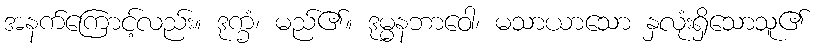
အနက်ကြောင့်လည်း။ ဒုက္ခံ၊ မည်၏။ ဒုမ္မနဘာဝေါ၊ မသာယာသော နှလုံးရှိသောသူ၏